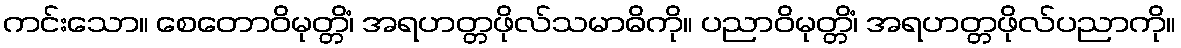
ကင်းသော။ စေတောဝိမုတ္တိံ၊ အရဟတ္တဖိုလ်သမာဓိကို။ ပညာဝိမုတ္တိံ၊ အရဟတ္တဖိုလ်ပညာကို။